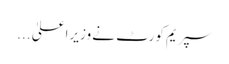
سپریم کورٹ نے وزیراعلیٰ ...